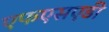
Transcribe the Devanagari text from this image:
एफएसएडी